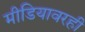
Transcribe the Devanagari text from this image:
मीडियावरही